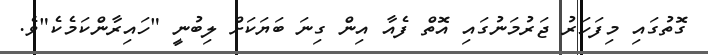
ގޮތުގައި މިފަހަރު ޖަރުމަނުގައި އޮތް ފެއާ އިން ގިނަ ބަޔަކަށް ލިބުނީ "ހައިރާންކަމެކެ"ވެ.